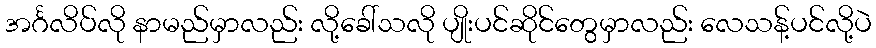
အင်္ဂလိပ်လို နာမည်မှာလည်း လို့ခေါ်သလို ပျိုးပင်ဆိုင်တွေမှာလည်း လေသန့်ပင်လို့ပဲ